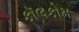
કૉલકોમ